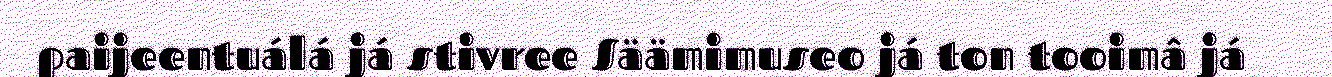
paijeentuálá já stivree Säämimuseo já ton tooimâ já